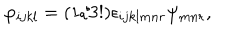
\varphi _ { i j k l } = ( 1 / 3 ! ) \epsilon _ { i j k l m n r } \psi _ { m n r } ,